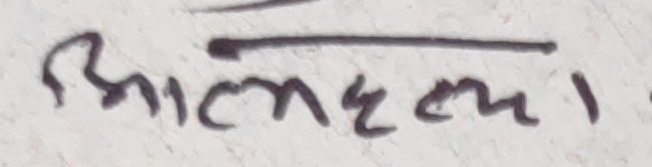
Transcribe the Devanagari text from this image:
आत्महत्या